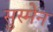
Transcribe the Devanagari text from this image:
सुस्मेन